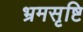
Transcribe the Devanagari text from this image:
भ्रमसृष्टि